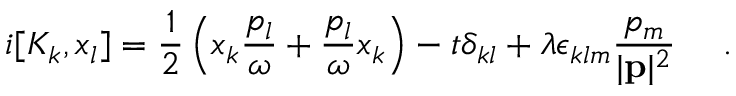
i [ K _ { k } , x _ { l } ] = \frac { 1 } { 2 } \left( x _ { k } \frac { p _ { l } } { \omega } + \frac { p _ { l } } { \omega } x _ { k } \right) - t \delta _ { k l } + \lambda \epsilon _ { k l m } \frac { p _ { m } } { | { \bf p } | ^ { 2 } } ~ ~ ~ ~ .